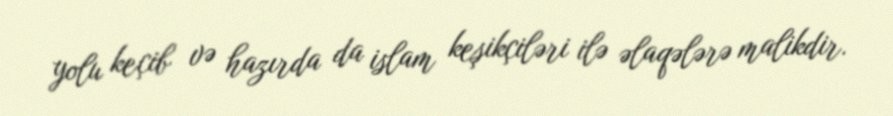
yolu keçib və hazırda da islam keşikçiləri ilə əlaqələrə malikdir.